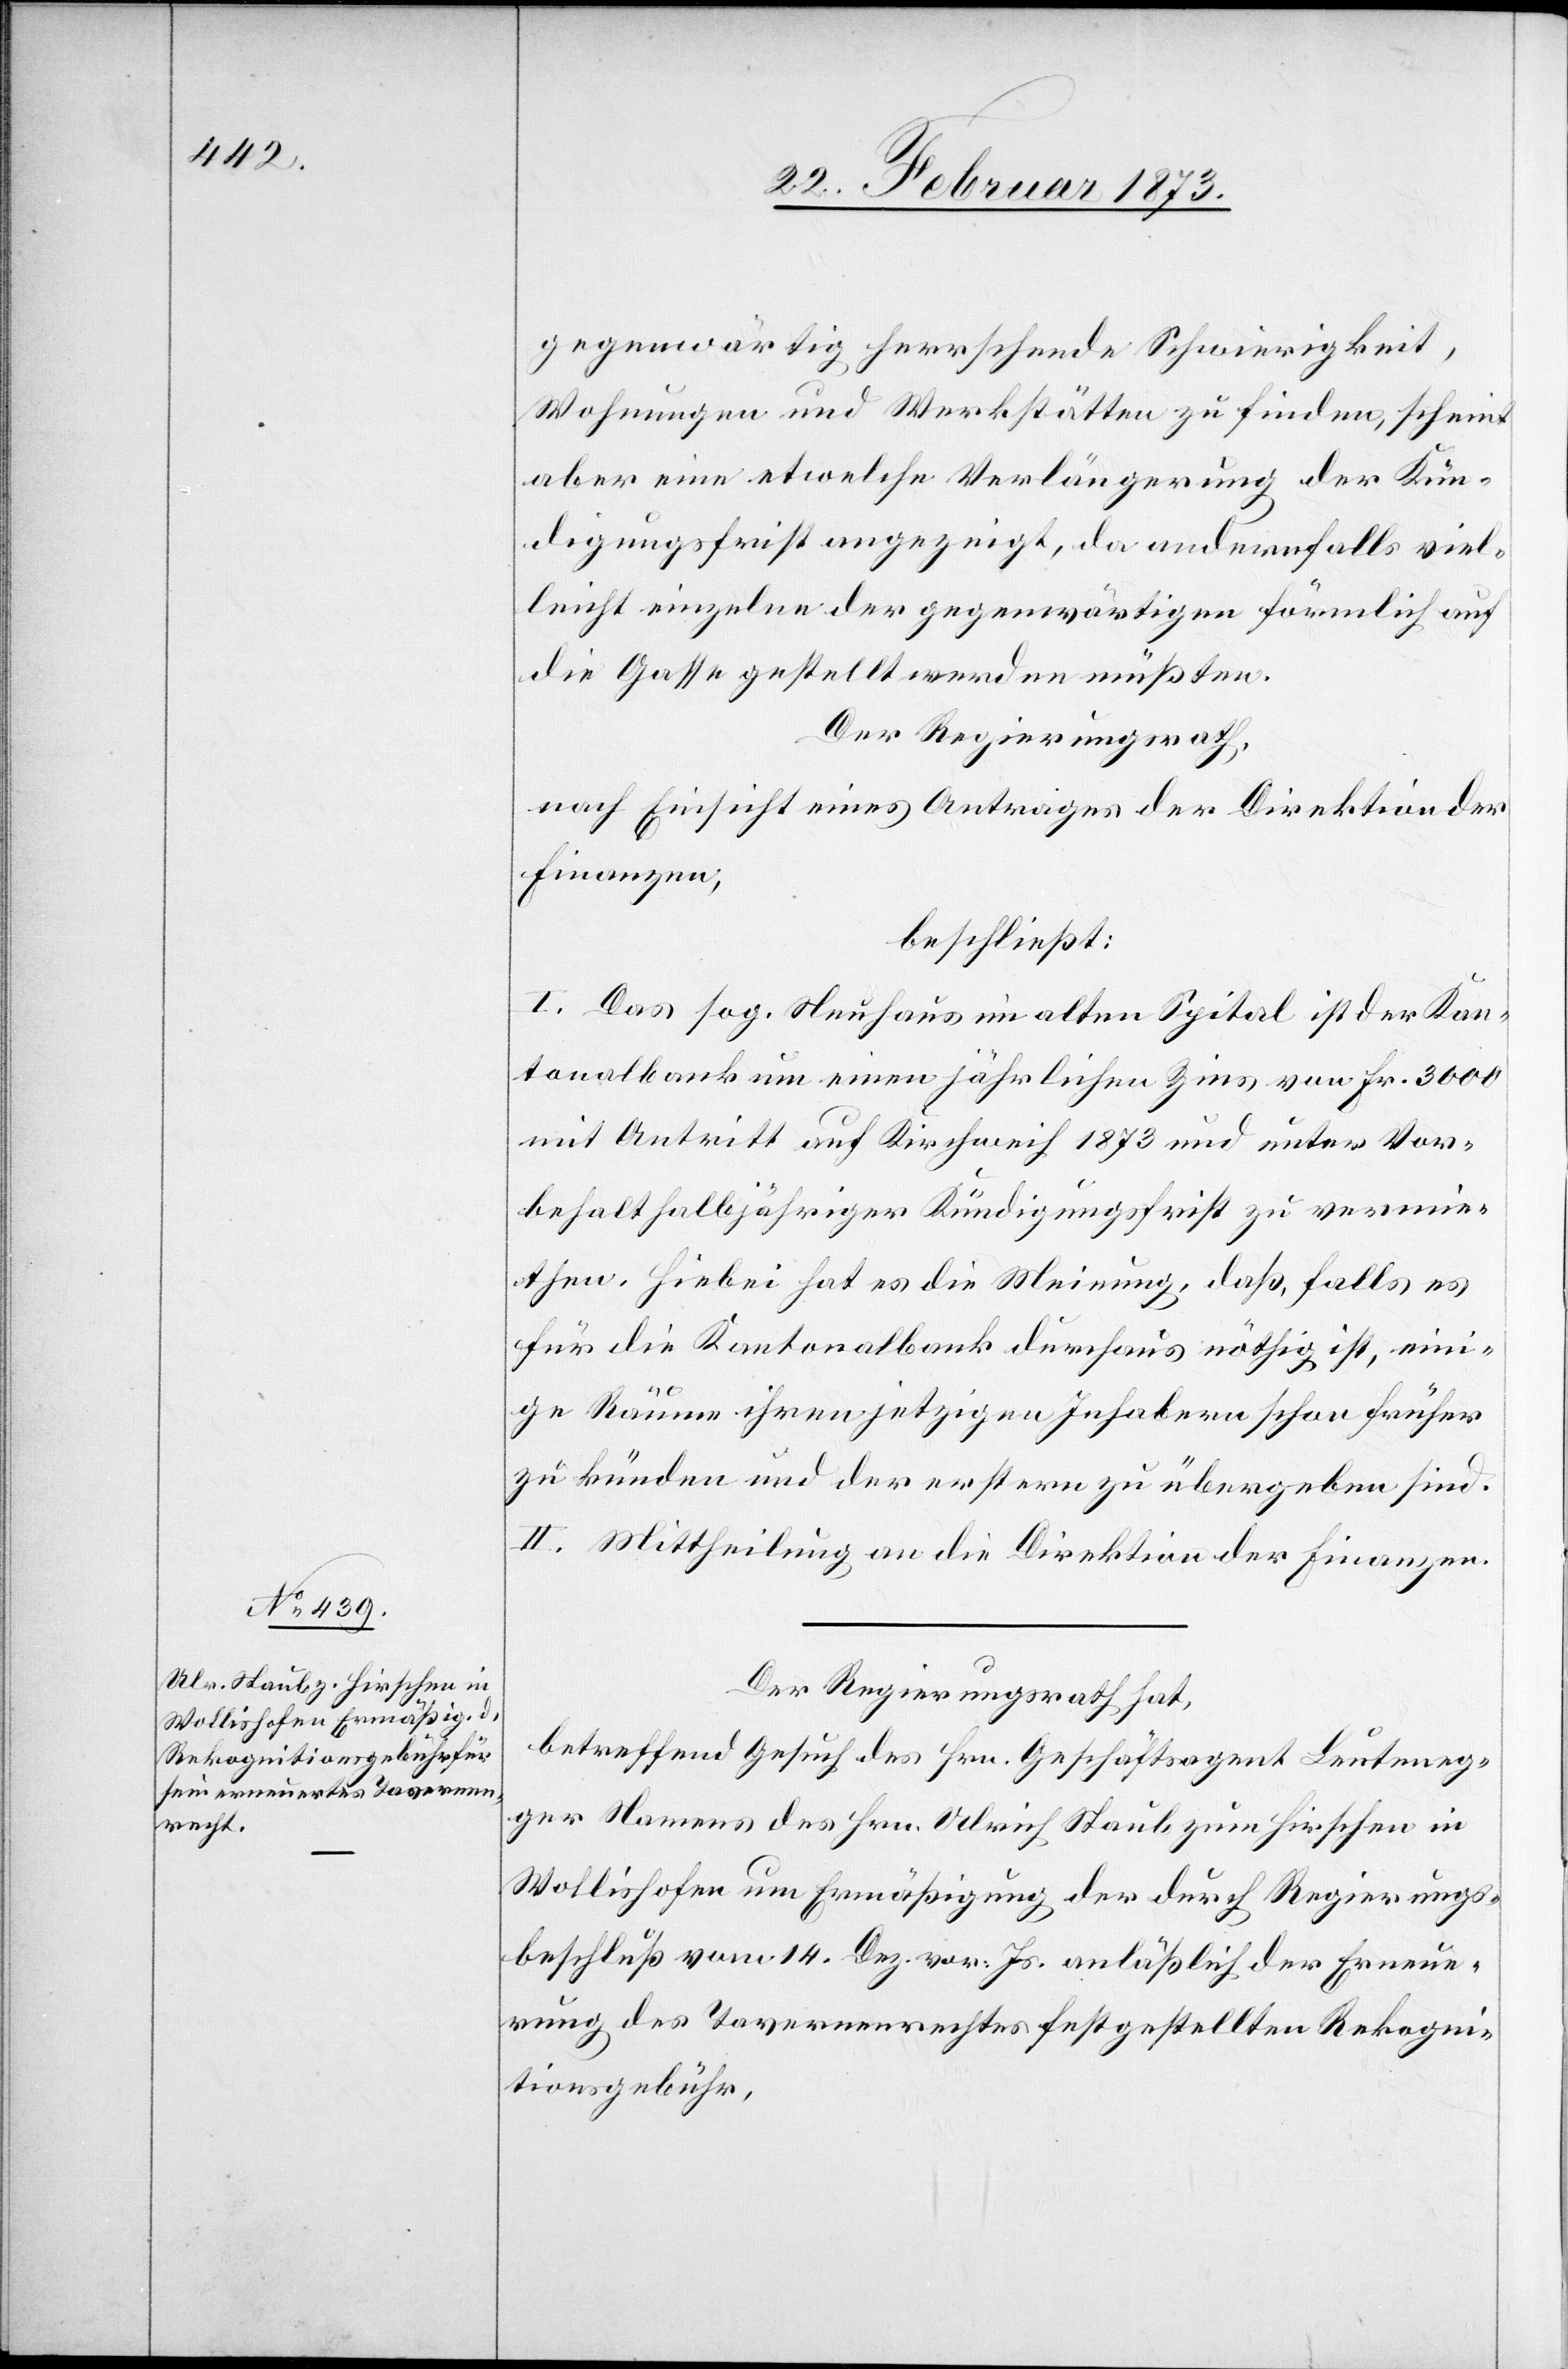
gegenwärtig herrschende Schwierigkeit,
Wohnungen und Werkstätten zu finden, scheint
aber eine etwelche Verlängerung der Kün¬
digungsfrist angezeigt, da andernfalls viel¬
leicht einzelne der gegenwärtigen förmlich auf
die Gasse gestellt werden müßten.
Der Regierungsrath,
nach Einsicht eines Antrages der Direktion der
Finanzen,
beschließt:
I. Das sog. Neuhaus im alten Spital ist der Kan¬
tonalbank um einen jährlichen Zins von Fr. 3000
mit Antritt auf Kirchweih 1873 und unter Vor¬
behalt halbjähriger Kündigungsfrist zu vermie¬
then. Hiebei hat es die Meinung, daß, falls es
für die Kantonalbank durchaus nöthig ist, eini¬
ge Räume ihren jetzigen Inhabern schon früher
zu künden und der erstern zu übergeben sind.
II. Mittheilung an die Direktion der Finanzen.
Der Regierungsrath hat,
betreffend Gesuch des Hrn. Geschäftsagent Leuteneg¬
ger Namens des Hrn. Ulrich Staub zum Hirschen in
Wollishofen um Ermäßigung der durch Regierungs¬
beschluß vom 14. Dez. vor. Js. anläßlich der Erneue¬
rung des Tavernenrechtes festgestellten Rekogni¬
tionsgebühr,